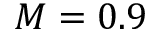
M = 0 . 9